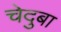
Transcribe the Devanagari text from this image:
चेदुबा